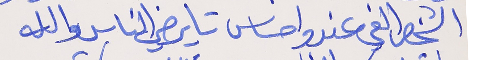
الشخص الفي عندو احساس      تا يرضي الناس والله